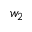
w _ { 2 }